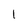
Character: I